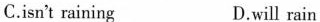
C.isn't raining D.will rain